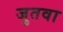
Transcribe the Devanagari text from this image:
जुतवा